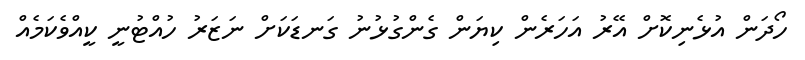
ހޯދަން އުޅެނިކޮށް އޭރު އަހަރެން ކިޔަން ގެންގުޅުނު ގަނޑަކަށް ނަޒަރު ހުއްޓުނީ ކީއްވެކަމެއް